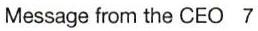
Message from the CEO  7